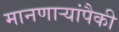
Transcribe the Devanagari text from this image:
मानणाऱ्यांपैकी